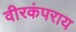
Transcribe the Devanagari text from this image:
वीरकंपराय